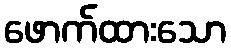
ဖောက်ထားသော